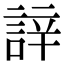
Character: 䛨